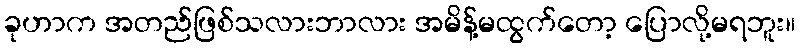
ခုဟာက အတည်ဖြစ်သလားဘာလား အမိန့်မထွက်တော့ ပြောလို့မရဘူး။